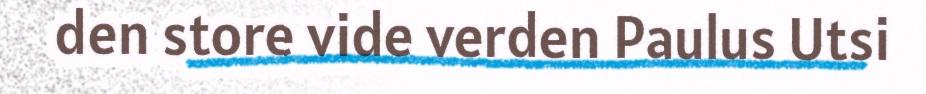
den store vide verden Paulus Utsi